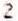
2